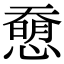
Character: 𢡰